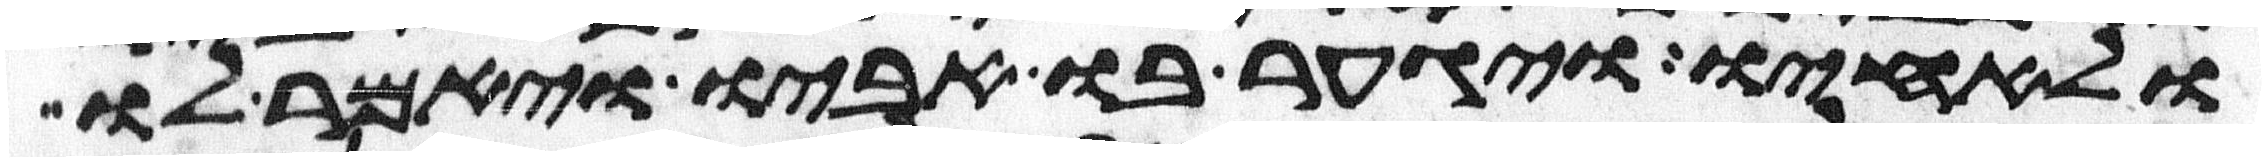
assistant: ולאחיו ויגער בו אביו ויאמר לו